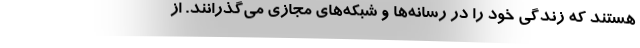
هستند كه زندگي خود را در رسانه‌ها و شبكه‌هاي مجازي مي‌گذرانند. از